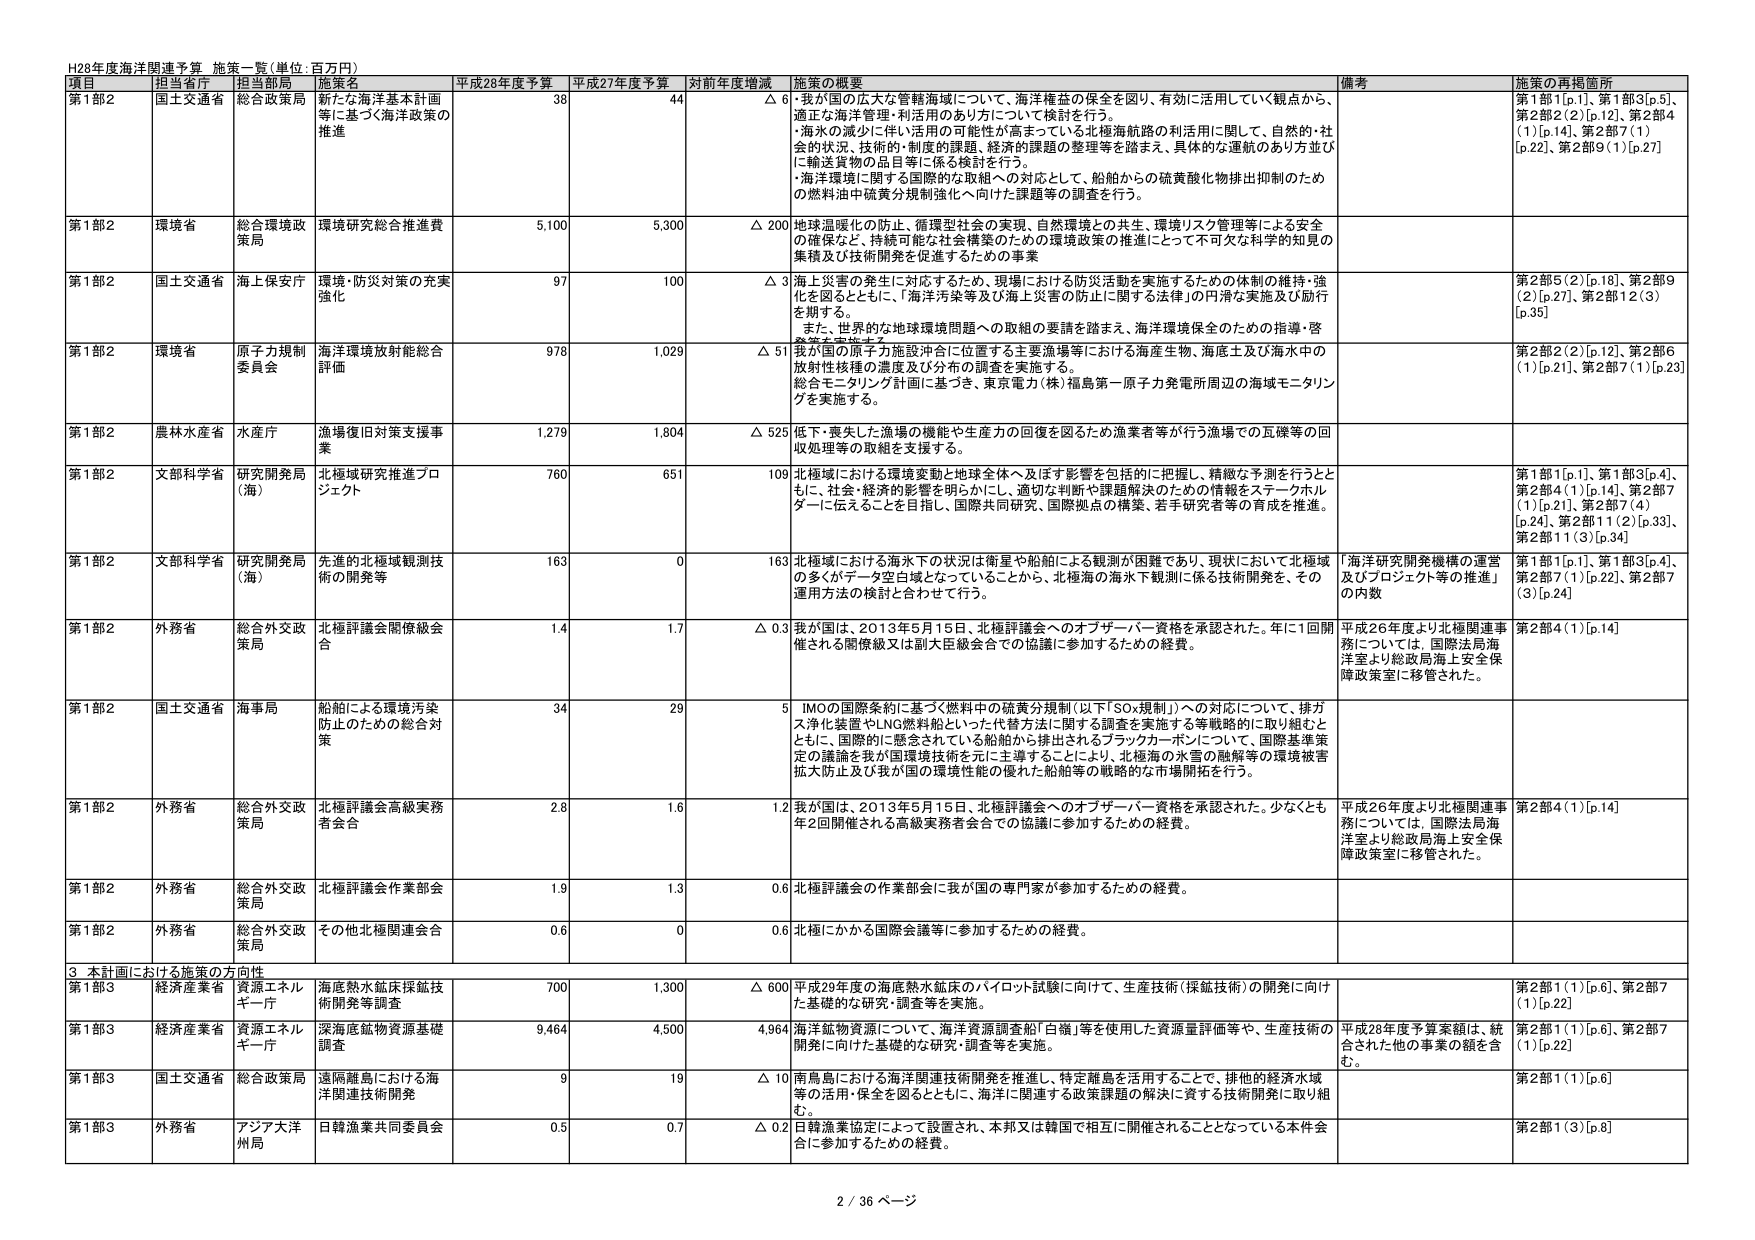
H28年度海洋関連予算 施策一覧（単位：百万円）

項目 担当省庁 担当局 施策名 平成28年度予算 平成27年度予算 対前年度増減 施策の概要 備考 施策の再掲箇所

第1部2 国土交通省 総合政策局 新たな海洋基本計画等に基づく海洋政策の推進 38 44 △ 6 ・我が国の広大な管轄海域について、海洋権益の保全を図り、有効に活用していく観点から、適正な海洋管理・利活用のあり方について検討を行う。 ・海水の減少に伴い活用の可能性が高まっている北極海航路の利活用に関して、自然的・社会的状況、技術的・制度的課題、経済的課題の整理等を踏まえて、具体的な運航のあり方並びに輸送貨物の品目等に係る検討を行う。 ・海洋環境に関する国際的な取組への対応として、船舶からの硫黄酸化物排出抑制のための燃料油中硫黄分規制強化へ向けた課題等の調査を行う。 第1部1[p.1]、第1部3[p.5]、第2部2(2)[p.12]、第2部4(1)[p.14]、第2部7(1)[p.22]、第2部9(1)[p.27]

第1部2 環境省 総合環境政策局 環境研究総合推進費 5,100 5,300 △ 200 地球温暖化の防止、循環型社会の実現、自然環境との共生、環境リスク管理等による安全の確保など、持続可能な社会構築のための環境政策の推進にとって不可欠な科学的知見の集積及び技術開発を促進するための事業

第1部2 国土交通省 海上保安庁 環境・防災対策の充実強化 97 100 △ 3 海上災害の発生に対応するため、現場における防災活動を実施するための体制の維持・強化を図るとともに、「海洋汚染等及び海上災害の防止に関する法律」の円滑な実施及び励行を期する。 また、世界的な地球環境問題への取組の要請を踏まえ、海洋環境保全のための指導・啓発等を実施する。 第2部5(2)[p.18]、第2部9(2)[p.27]、第2部12(3)[p.35]

第1部2 環境省 原子力規制委員会 海洋環境放射能総合評価 978 1,029 △ 51 我が国の原子力施設沖合に位置する主要漁場における海産生物、海底土及び海水中の放射性核種の濃度及び分布の調査を実施する。 総合モニタリング計画に基づき、東京電力（株）福島第一原子力発電所周辺の海域モニタリングを実施する。 第2部2(2)[p.12]、第2部6(1)[p.21]、第2部7(1)[p.23]

第1部2 農林水産省 水産庁 漁場復旧対策支援事業 1,279 1,804 △ 525 低下・喪失した漁場の機能や生産力の回復を図るため漁業者等が行う漁場での瓦礫等の回収処理等の取組を支援する。

第1部2 文部科学省 研究開発局（海） 北極域研究推進プロジェクト 760 651 109 北極域における環境変動と地球全体へ及ぼす影響を包括的に把握し、精緻な予測を行うとともに、社会・経済的影響を明らかにし、適切な判断や課題解決のための情報をステークホルダーに伝えることを目指し、国際共同研究、国際拠点の構築、若手研究者等の育成を推進。 第1部1[p.1]、第1部3[p.4]、第2部4(1)[p.14]、第2部7(1)[p.21]、第2部7(4)[p.24]、第2部11(2)[p.33]、第2部11(3)[p.34]

第1部2 文部科学省 研究開発局（海） 先進的北極域観測技術の開発等 163 0 163 北極域における海氷下の状況は衛星や船舶による観測が困難であり、現状において北極域の多くがデータ空白となっていることから、北極海の海氷下観測に係る技術開発を、その運用方法の検討と合わせて行う。 「海洋研究開発機構の運営及びプロジェクト等の推進」の内数 第1部1[p.1]、第1部3[p.4]、第2部7(1)[p.22]、第2部7(3)[p.24]

第1部2 外務省 総合外交政策局 北極評議会関係総会合 1.4 1.7 △ 0.3 我が国は、2013年5月15日、北極評議会へのオブザーバー資格を承認された。年に1回開催される関係総又は副大臣級会合での協議に参加するための経費。 平成26年度より北極関連事務については、国際法局海洋室より総務局海上安全保障政策室に移管された。 第2部4(1)[p.14]

第1部2 国土交通省 海事局 船舶による環境汚染防止のための総合対策 34 29 5 IMOの国際条約に基づく燃料中の硫黄分規制（以下「SOx規制」）への対応について、排ガス浄化装置やLNG燃料船といった代替方法に関する調査を実施する等戦略的に取り組むとともに、国際的に懸念されている船舶から排出されるブラックカーボンについて、国際基準策定の議論を我が国環境技術を元に主導することにより、北極海の氷雪の融解等の環境被害拡大防止及び我が国の環境性能の優れた船舶等の戦略的な市場開拓を行う。

第1部2 外務省 総合外交政策局 北極評議会高級実務者会合 2.8 1.6 1.2 我が国は、2013年5月15日、北極評議会へのオブザーバー資格を承認された。少なくとも年2回開催される高級実務者会合での協議に参加するための経費。 平成26年度より北極関連事務については、国際法局海洋室より総務局海上安全保障政策室に移管された。 第2部4(1)[p.14]

第1部2 外務省 総合外交政策局 北極評議会作業部会 1.9 1.3 0.6 北極評議会の作業部会に我が国の専門家が参加するための経費。

第1部2 外務省 総合外交政策局 その他北極関連会合 0.6 0 0.6 北極にかかる国際会議等に参加するための経費。

3 本計画における施策の方向性

第1部3 経済産業省 資源エネルギー庁 海底熱水鉱床採鉱技術開発等調査 700 1,300 △ 600 平成29年度の海底熱水鉱床のパイロット試験に向けて、生産技術（採鉱技術）の開発に向けた基礎的な研究・調査等を実施。 第2部1(1)[p.6]、第2部7(1)[p.22]

第1部3 経済産業省 資源エネルギー庁 深海底部鉱物資源基礎調査 9,464 4,500 4,964 海洋鉱物資源について、海洋資源調査船「白嶺」等を使用した資源量評価等や、生産技術の開発に向けた基礎的な研究・調査等を実施。 平成28年度予算案額は、統合された他の事業の額を含む。 第2部1(1)[p.6]、第2部7(1)[p.22]

第1部3 国土交通省 総合政策局 遠隔離島における海洋関連技術開発 9 19 △ 10 南鳥島における海洋関連技術開発を推進し、特定離島を活用することで、排他的経済水域等の活用・保全を図るとともに、海洋に関連する政策課題の解決に資する技術開発に取り組む。 第2部1(1)[p.6]

第1部3 外務省 アジア大洋州局 日韓漁業共同委員会 0.5 0.7 △ 0.2 日韓漁業協定によって設置され、本邦又は韓国で相互に開催されることとなっている本件会合に参加するための経費。 第2部1(3)[p.8]

2 / 36 ページ